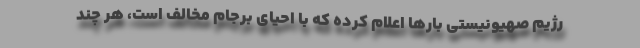
رژیم صهیونیستی بارها اعلام کرده که با احیای برجام مخالف است، هر چند